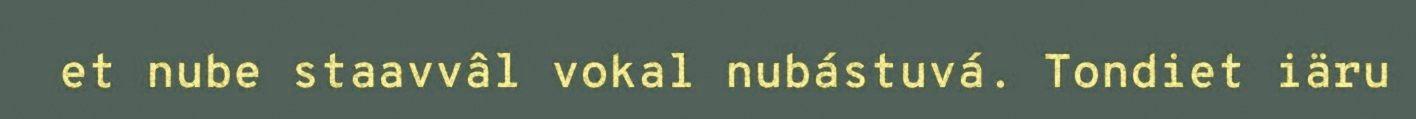
et nube staavvâl vokal nubástuvá. Tondiet iäru